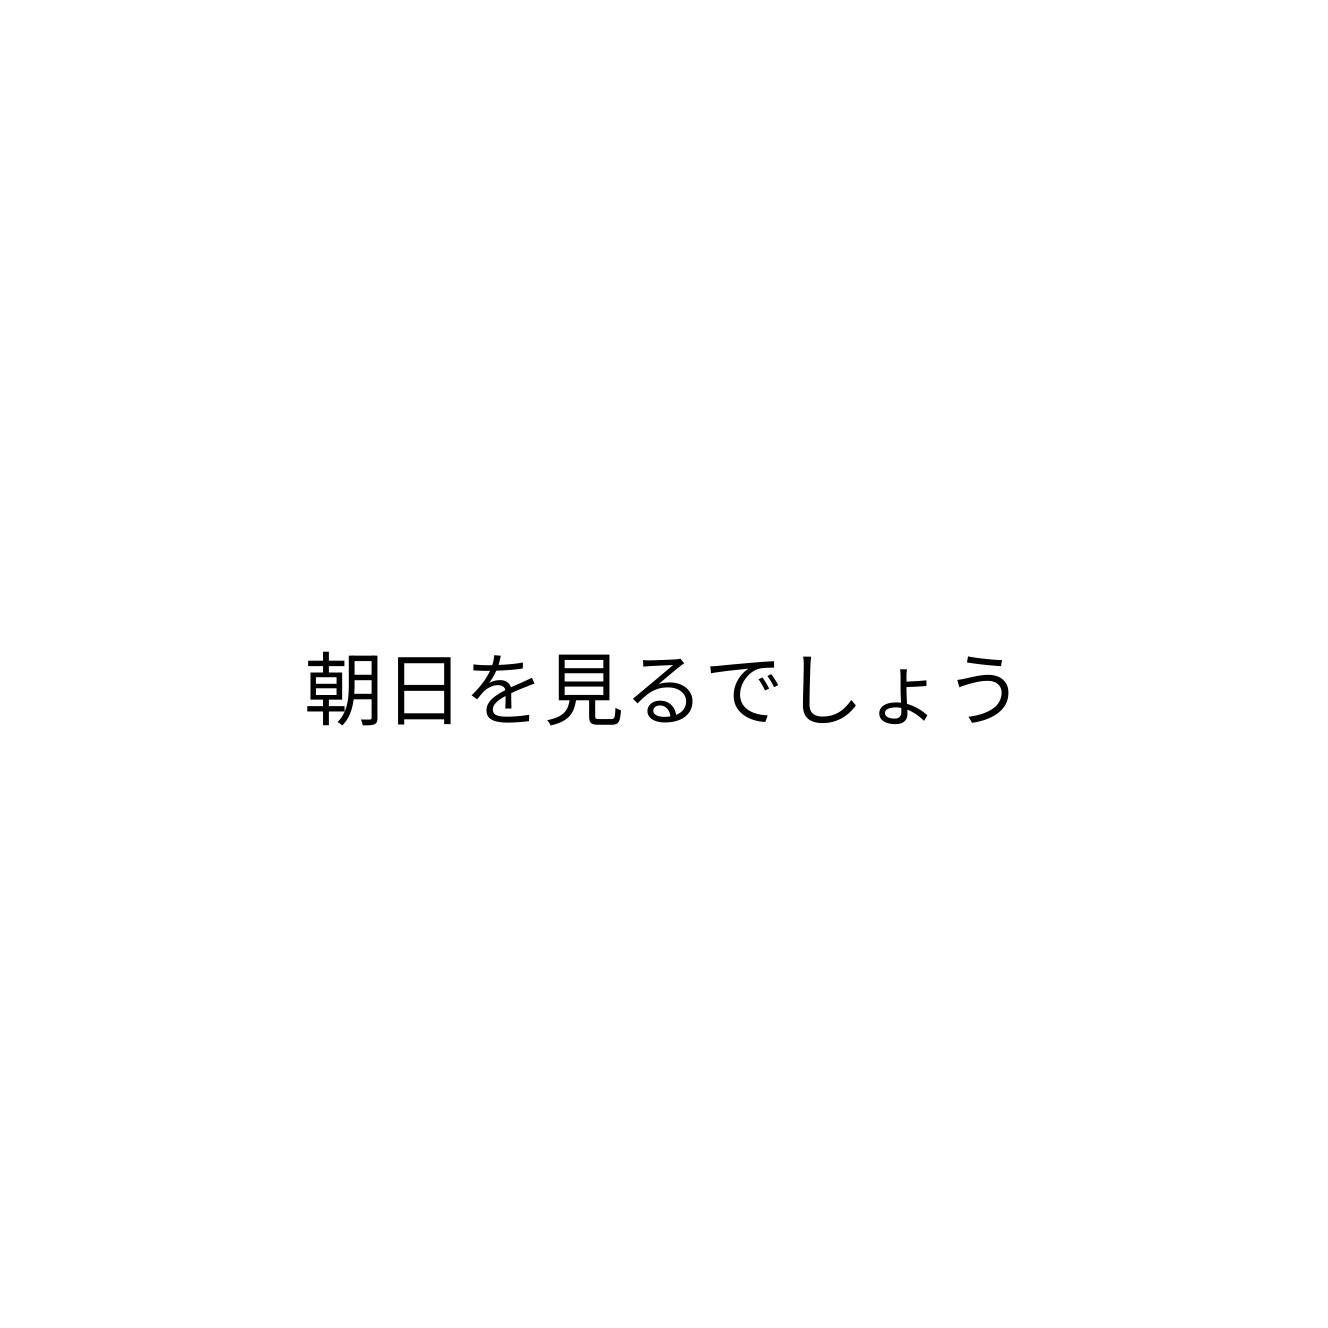
朝日を見るでしょう